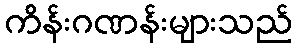
ကိန်းဂဏန်းများသည်